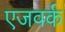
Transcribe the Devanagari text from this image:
एजवर्क